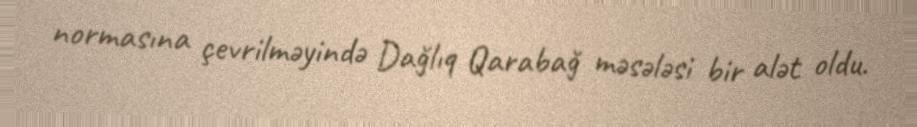
normasına çevrilməyində Dağlıq Qarabağ məsələsi bir alət oldu.